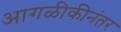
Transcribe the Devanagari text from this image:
आगळीकीनंतर